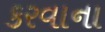
કરવાના